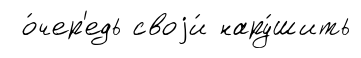
о́чер'едь своjи́ нару́шить